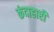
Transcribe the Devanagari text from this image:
कंदाहारी